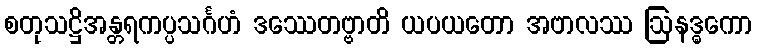
စတုသဋ္ဌိအန္တရကပ္ပသင်္ဂဟံ ဒဿေတဗ္ဗာတိ ယပယတော အဗာလဿ ဩနဒ္ဓကော